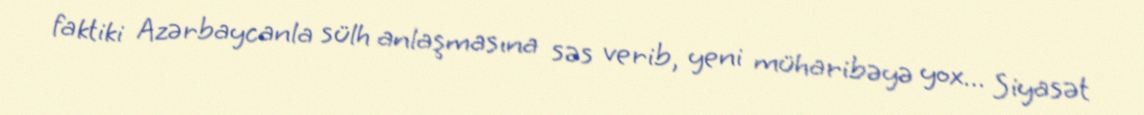
faktiki Azərbaycanla sülh anlaşmasına səs verib, yeni müharibəyə yox... Siyasət